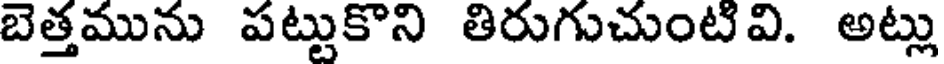
బెత్తమును పట్టుకొని తిరుగుచుంటివి. అట్లు